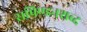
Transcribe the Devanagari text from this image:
सपिण्डनशब्द